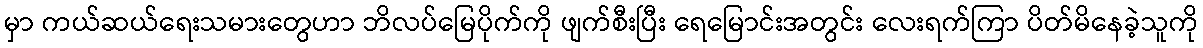
မှာ ကယ်ဆယ်ရေးသမားတွေဟာ ဘိလပ်မြေပိုက်ကို ဖျက်စီးပြီး ရေမြောင်းအတွင်း လေးရက်ကြာ ပိတ်မိနေခဲ့သူကို